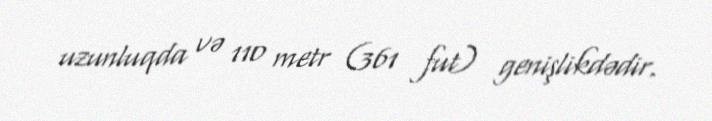
uzunluqda və 110 metr (361 fut) genişlikdədir.